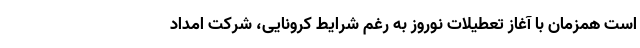
است همزمان با آغاز تعطیلات نوروز به رغم شرایط کرونایی، شرکت امداد